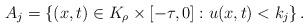
LaTeX: \begin{align*} A_{j} = \left\{ (x,t) \in K_{\rho}\times [-\tau, 0] : u(x,t) < k_{j} \right\}.\end{align*}